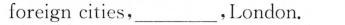
foreign cities,___,London.